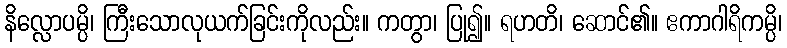
နိလ္လောပမ္ပိ၊ ကြီးသောလုယက်ခြင်းကိုလည်း။ ကတွာ၊ ပြု၍။ ရဟတိ၊ ဆောင်၏။ ဧကာဂါရိကမ္ပိ၊